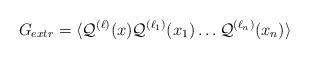
LaTeX: \begin{align*}G_{extr} = \langle {\cal Q}^{(\ell)}(x) {\cal Q}^{(\ell_{1})}(x_{1}) \ldots {\cal Q}^{(\ell_{n})}(x_{n}) \rangle \end{align*}